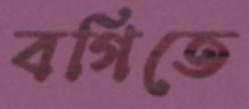
বগিতে